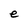
Character: e